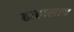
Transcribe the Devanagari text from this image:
हातालाच